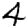
Digit: 4